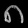
Digit: ၈